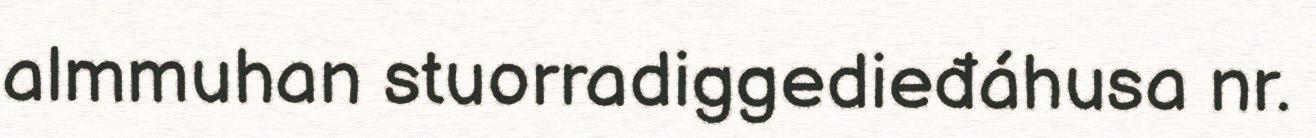
almmuhan stuorradiggedieđáhusa nr.